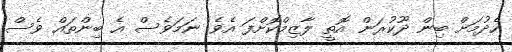
ހެދުމަށް ބިން ދޫކުރަން އޮތީ ލާޒިމްކޮށްފަ އެވެ. ނަމަވެސް އެ ބިންތައް ވެސް